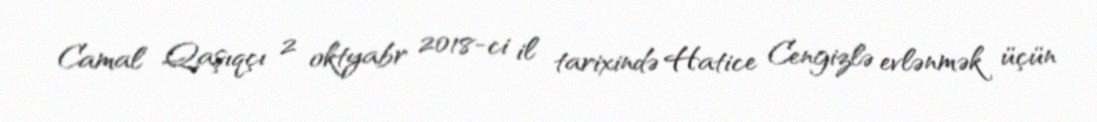
Camal Qaşıqçı 2 oktyabr 2018-ci il tarixində Hatice Cengizlə evlənmək üçün